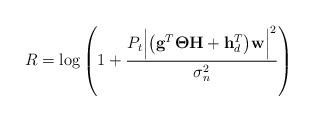
LaTeX: \begin{align*} R=\log\left(1+\frac{P_t \Bigl|\bigl(\mathbf{g}^T \boldsymbol{\Theta} \mathbf{H} +\mathbf{h}_d^T\bigr)\mathbf{w}\Bigr|^2 }{\sigma_n^2} \right)\end{align*}